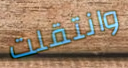
وانتقلت